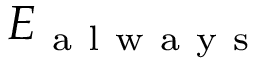
E _ { \mathrm { ~ a ~ l ~ w ~ a ~ y ~ s ~ } }